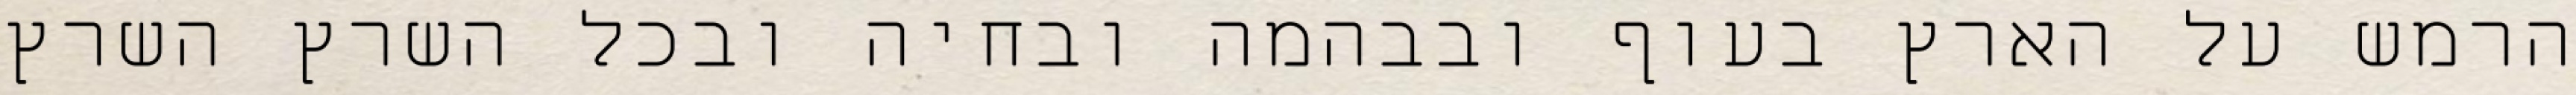
הרמש על הארץ בעוף ובבהמה ובחיה ובכל השרץ השרץ